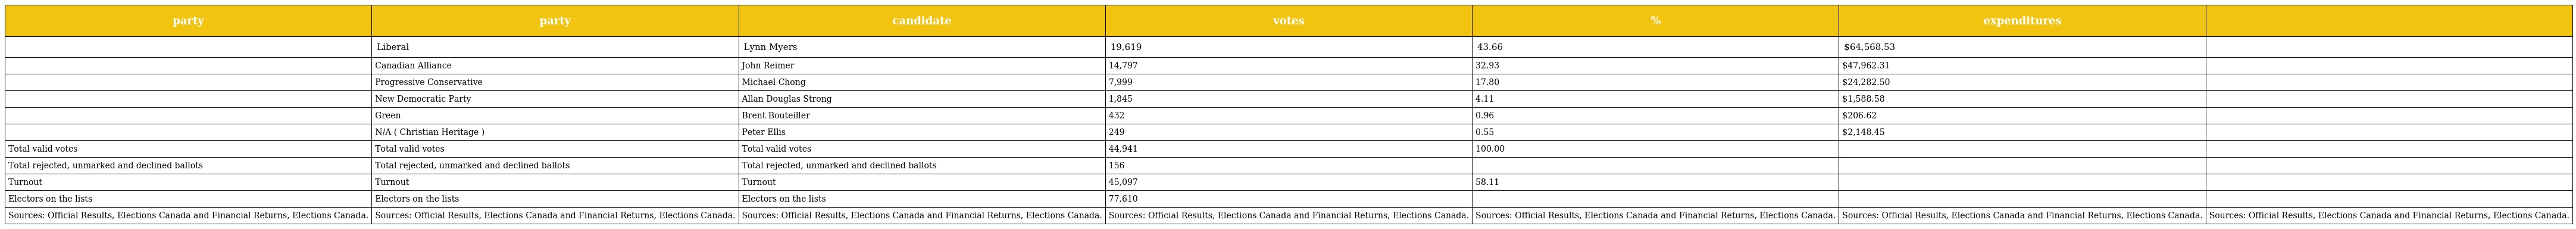
| party | party | candidate | votes | % | expenditures |  |
 | --- | --- | --- | --- | --- | --- | --- |
 |  | Liberal | Lynn Myers | 19,619 | 43.66 | $64,568.53 |  |
 |  | Canadian Alliance | John Reimer | 14,797 | 32.93 | $47,962.31 |  |
 |  | Progressive Conservative | Michael Chong | 7,999 | 17.80 | $24,282.50 |  |
 |  | New Democratic Party | Allan Douglas Strong | 1,845 | 4.11 | $1,588.58 |  |
 |  | Green | Brent Bouteiller | 432 | 0.96 | $206.62 |  |
 |  | N/A ( Christian Heritage ) | Peter Ellis | 249 | 0.55 | $2,148.45 |  |
 | Total valid votes | Total valid votes | Total valid votes | 44,941 | 100.00 |  |  |
 | Total rejected, unmarked and declined ballots | Total rejected, unmarked and declined ballots | Total rejected, unmarked and declined ballots | 156 |  |  |  |
 | Turnout | Turnout | Turnout | 45,097 | 58.11 |  |  |
 | Electors on the lists | Electors on the lists | Electors on the lists | 77,610 |  |  |  |
 | Sources: Official Results, Elections Canada and Financial Returns, Elections Canada. | Sources: Official Results, Elections Canada and Financial Returns, Elections Canada. | Sources: Official Results, Elections Canada and Financial Returns, Elections Canada. | Sources: Official Results, Elections Canada and Financial Returns, Elections Canada. | Sources: Official Results, Elections Canada and Financial Returns, Elections Canada. | Sources: Official Results, Elections Canada and Financial Returns, Elections Canada. | Sources: Official Results, Elections Canada and Financial Returns, Elections Canada. |